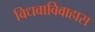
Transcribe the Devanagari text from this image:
विधवाविवाहास